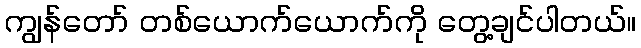
ကျွန်တော် တစ်ယောက်ယောက်ကို တွေ့ချင်ပါတယ်။